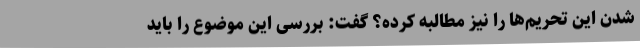
شدن این تحریم‌ها را نیز مطالبه کرده؟ گفت: بررسی این موضوع را باید